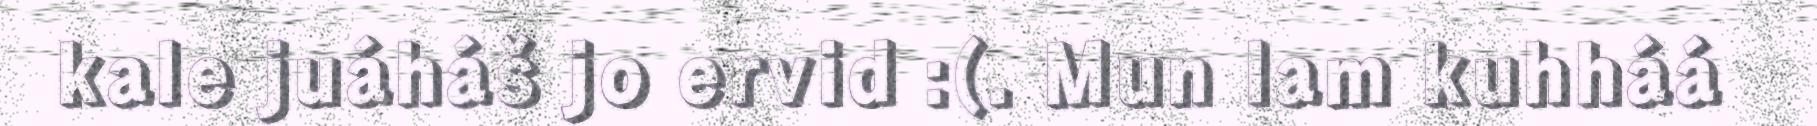
kale juáháš jo ervid :(. Mun lam kuhháá